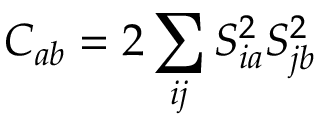
C _ { a b } = 2 \sum _ { i j } S _ { i a } ^ { 2 } S _ { j b } ^ { 2 }